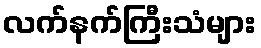
လက်နက်ကြီးသံများ